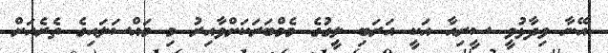
އޭނާ ވިދާޅުވީ ސީރިއާ އަކީ އަރަބި ލީގުގެ މެމްބަރަކަށްވާއިރު މި މައްސަލައިގެ ތެރެއަށް